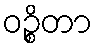
ဝဉ္စိတာ